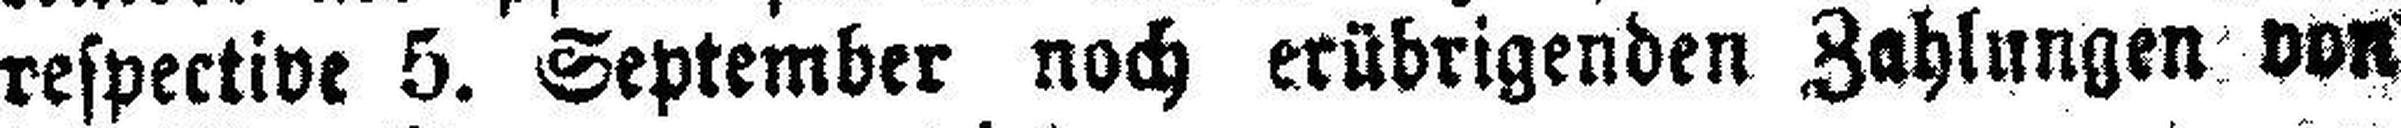
respective 5. September noch erübrigenden Zahlungen von